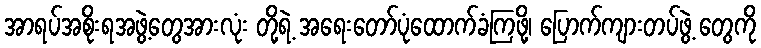
အာရပ်အစိုးရအဖွဲ့တွေအားလုံး တို့ရဲ့ အရေးတော်ပုံထောက်ခံကြဖို့၊ ပြောက်ကျားတပ်ဖွဲ့ တွေကို